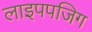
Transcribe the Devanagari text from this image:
लाइपपजिग